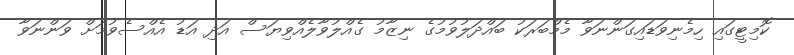
ކޮމިޓީގައި ހިމެނިވަޑައިގަންނަވާ މެމްބަރަކު ބައްދަލުވުމުގެ ނިޒާމު ގެއްލުވާލެއްވިޔަސް އަދި އަޑު އެއްސެވުމަށް ވަންނަވާ